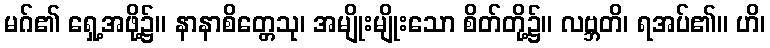
မဂ်၏ ရှေ့အဖို့၌။ နာနာစိတ္တေသု၊ အမျိုးမျိုးသော စိတ်တို့၌။ လဗ္ဘတိ၊ ရအပ်၏။ ဟိ၊